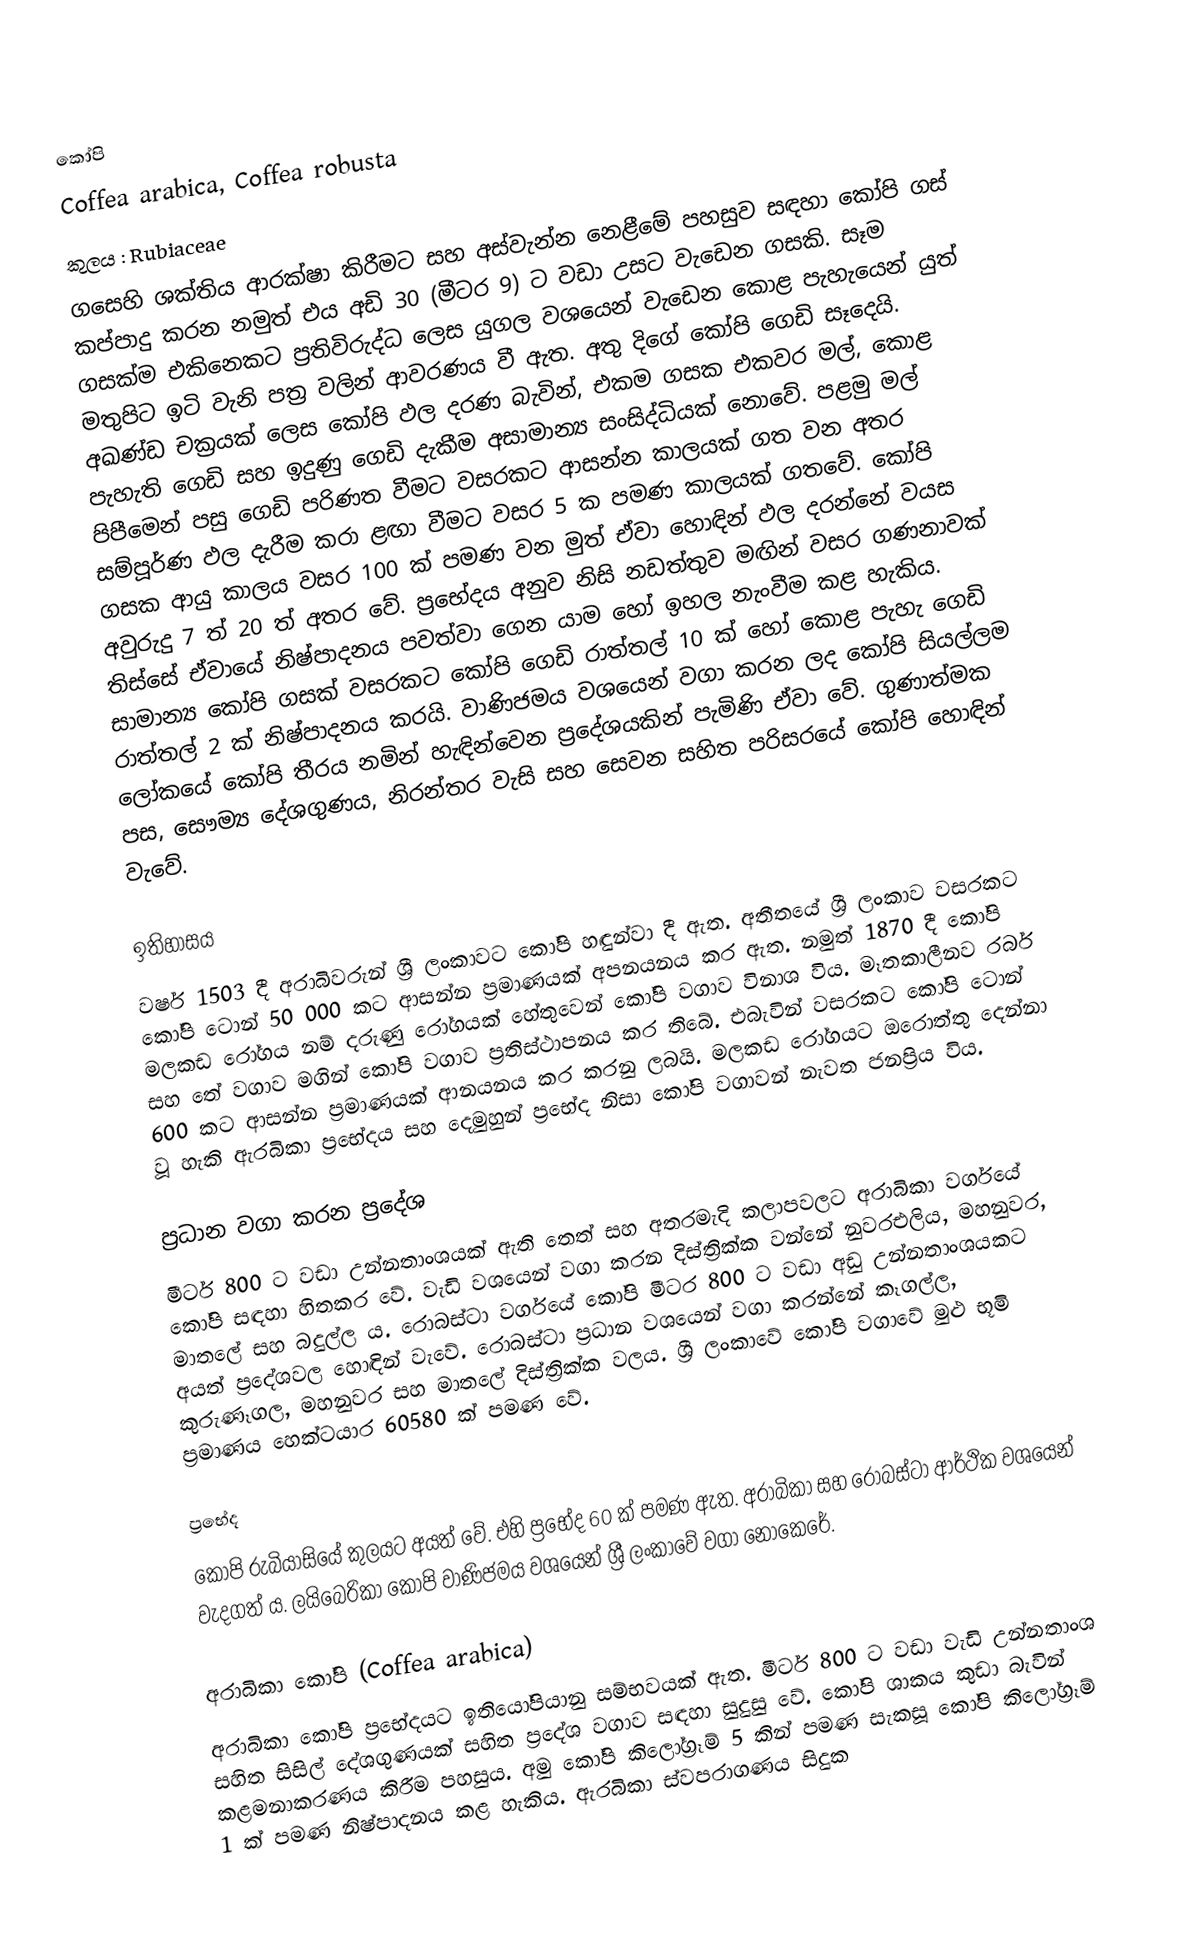
කෝපි
Coffea arabica, Coffea robusta
කුලය : Rubiaceae
ගසෙහි ශක්තිය ආරක්ෂා කිරීමට සහ අස්වැන්න නෙළීමේ පහසුව සඳහා කෝපි ගස් කප්පාදු කරන නමුත් එය අඩි 30 (මීටර 9) ට වඩා උසට වැඩෙන ගසකි. සෑම ගසක්ම එකිනෙකට ප්‍රතිවිරුද්ධ ලෙස යුගල වශයෙන් වැඩෙන කොළ පැහැයෙන් යුත් මතුපිට ඉටි වැනි පත්‍ර වලින් ආවරණය වී ඇත. අතු දිගේ කෝපි ගෙඩි සෑදෙයි. අඛණ්ඩ චක්‍රයක් ලෙස කෝපි ඵල දරණ බැවින්, එකම ගසක එකවර මල්, කොළ පැහැති ගෙඩි සහ ඉදුණු ගෙඩි දැකීම අසාමාන්‍ය සංසිද්ධියක් නොවේ. පළමු මල් පිපීමෙන් පසු ගෙඩි පරිණත වීමට වසරකට ආසන්න කාලයක් ගත වන අතර සම්පූර්ණ ඵල දැරීම කරා ළඟා වීමට වසර 5 ක පමණ කාලයක් ගතවේ. කෝපි ගසක ආයු කාලය වසර 100 ක් පමණ වන මුත් ඒවා හොඳින් ඵල දරන්නේ වයස අවුරුදු 7 ත් 20 ත් අතර වේ. ප්‍රභේදය අනුව නිසි නඩත්තුව මඟින් වසර ගණනාවක් තිස්සේ ඒවායේ නිෂ්පාදනය පවත්වා ගෙන යාම හෝ ඉහල නැංවීම කළ හැකිය. සාමාන්‍ය කෝපි ගසක් වසරකට කෝපි ගෙඩි රාත්තල් 10 ක් හෝ කොළ පැහැ ගෙඩි රාත්තල් 2 ක් නිෂ්පාදනය කරයි. වාණිජමය වශයෙන් වගා කරන ලද කෝපි සියල්ලම ලෝකයේ කෝපි තීරය නමින් හැඳින්වෙන ප්‍රදේශයකින් පැමිණි ඒවා වේ. ගුණාත්මක පස, සෞම්‍ය දේශගුණය, නිරන්තර වැසි සහ සෙවන සහිත පරිසරයේ කෝපි හොඳින් වැවේ.

ඉතිහාසය
වර්ෂ 1503 දී අරාබිවරුන් ශ්‍රී ලංකාවට කෝපි හඳුන්වා දී ඇත. අතීතයේ ශ්‍රී ලංකාව වසරකට කෝපි ටොන් 50 000 කට ආසන්න ප්‍රමාණයක් අපනයනය කර ඇත. නමුත් 1870 දී කෝපි මලකඩ රෝගය නම් දරුණු රෝගයක් හේතුවෙන් කෝපි වගාව විනාශ විය. මෑතකාලීනව රබර් සහ තේ වගාව මගින් කෝපි වගාව ප්‍රතිස්ථාපනය කර තිබේ. එබැවින් වසරකට කෝපි ටොන් 600 කට ආසන්න ප්‍රමාණයක් ආනයනය කර කරනු ලබයි. මලකඩ රෝගයට ඔරොත්තු දෙන්නා වූ හැකි ඇරබිකා ප්‍රභේදය සහ දෙමුහුන් ප්‍රභේද නිසා කෝපි වගාවන් නැවත ජනප්‍රිය විය.

ප්‍රධාන වගා කරන ප්‍රදේශ
මීටර් 800 ට වඩා උන්නතාංශයක් ඇති තෙත් සහ අතරමැදි කලාපවලට අරාබිකා වර්ගයේ කෝපි සඳහා හිතකර වේ. වැඩි වශයෙන් වගා කරන දිස්ත්‍රික්ක වන්නේ නුවරඑලිය, මහනුවර, මාතලේ සහ බදුල්ල ය. රොබස්ටා වර්ගයේ කෝපි මීටර 800 ට වඩා අඩු උන්නතාංශයකට අයත් ප්‍රදේශවල හොඳින් වැවේ. රොබස්ටා ප්‍රධාන වශයෙන් වගා කරන්නේ කෑගල්ල, කුරුණෑගල, මහනුවර සහ මාතලේ දිස්ත්‍රික්ක වලය. ශ්‍රී ලංකාවේ කෝපි වගාවේ මුළු භූමි ප්‍රමාණය හෙක්ටයාර 60580 ක් පමණ වේ.

ප්‍රභේද
කෝපි රුබියාසියේ කුලයට අයත් වේ. එහි ප්‍රභේද 60 ක් පමණ ඇත. අරාබිකා සහ රොබස්ටා ආර්ථික වශයෙන් වැදගත් ය. ලයිබෙරිකා කෝපි වාණිජමය වශයෙන් ශ්‍රී ලංකාවේ වගා නොකෙරේ.

අරාබිකා කෝපි (Coffea arabica)
අරාබිකා කෝපි ප්‍රභේදයට ඉතියෝපියානු සම්භවයක් ඇත. මීටර් 800 ට වඩා වැඩි උන්නතාංශ සහිත සිසිල් දේශගුණයක් සහිත ප්‍රදේශ වගාව සඳහා සුදුසු වේ. කෝපි ශාකය කුඩා බැවින් කළමනාකරණය කිරීම පහසුය. අමු කෝපි කිලෝග්‍රෑම් 5 කින් පමණ සැකසූ කෝපි කිලෝග්‍රෑම් 1 ක් පමණ නිෂ්පාදනය කළ හැකිය. ඇරබිකා ස්වපරාගණය සිදුක